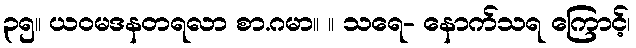
၃၅။ ယဝမဒနတရလာ စာ.ဂမာ။ ။ သရေ- နောက်သရ ကြောင့်၊